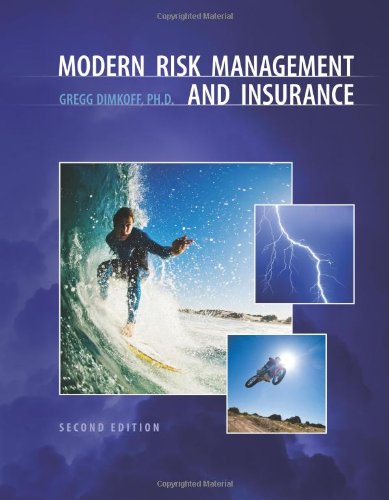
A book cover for Modern Risk Management and Insurance; Gregg Dimkoff; Business & Money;